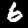
Label: 6